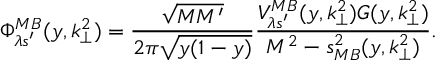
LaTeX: \Phi _ { \lambda s ^ { \prime } } ^ { M B } ( y , k _ { \perp } ^ { 2 } ) = \frac { \sqrt { M M ^ { \prime } } } { 2 \pi \sqrt { y ( 1 - y ) } } \frac { V _ { \lambda s ^ { \prime } } ^ { M B } ( y , k _ { \perp } ^ { 2 } ) G ( y , k _ { \perp } ^ { 2 } ) } { M ^ { 2 } - s _ { M B } ^ { 2 } ( y , k _ { \perp } ^ { 2 } ) } .